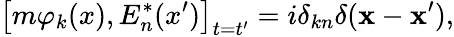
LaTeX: \left[m\varphi_{k}(x),E_{n}^{*}(x^{\prime})\right]_{t=t^{\prime}}=i\delta_{kn}\delta(\mathbf{x}-\mathbf{x}^{\prime}),